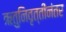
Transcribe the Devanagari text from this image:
ऋतुनिवृत्तीनंतर